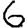
Digit: 6